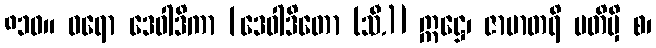
၈၁၀။ ဝရော ဒေဝါဒိကာ [ဒေဝါဒိတော (သီ.)] ဣဋ္ဌေ၊ ဇာမာတရိ ပတိမှိ စ၊